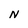
Character: N